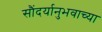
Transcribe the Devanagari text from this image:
सौंदर्यानुभवाच्या